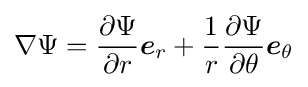
\nabla \Psi ={\partial \Psi  \over \partial r}{\boldsymbol {e}}_{r}+{1 \over r}{\partial \Psi  \over \partial \theta }{\boldsymbol {e}}_{\theta }